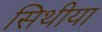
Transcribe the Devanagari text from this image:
सिथीया